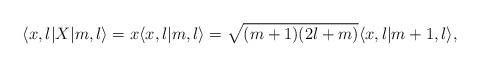
LaTeX: \begin{align*}\langle x,l |X|m,l\rangle &=x\langle x,l|m,l\rangle = \sqrt{(m+1)(2l + m)}\langle x,l |m+1,l\rangle,\end{align*}